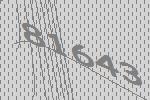
81643